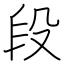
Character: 段